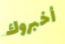
أخبروك